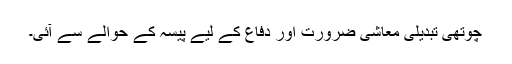
چوتھی تبدیلی معاشی ضرورت اور دفاع کے لیے پیسہ کے حوالے سے آئی۔